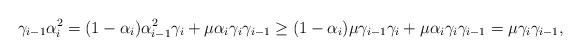
LaTeX: \begin{align*}\gamma_{i-1}\alpha_i^2=(1-\alpha_i)\alpha_{i-1}^2\gamma_i+\mu\alpha_i\gamma_i\gamma_{i-1}\geq(1-\alpha_i)\mu\gamma_{i-1}\gamma_i+\mu\alpha_i\gamma_i\gamma_{i-1}=\mu\gamma_i\gamma_{i-1},\end{align*}